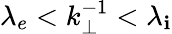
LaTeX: \lambda_{e}<k_{\perp}^{-1}<\lambda_{\mathbf{i}}